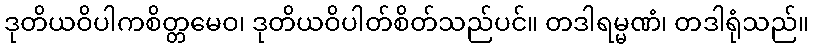
ဒုတိယဝိပါကစိတ္တမေဝ၊ ဒုတိယဝိပါတ်စိတ်သည်ပင်။ တဒါရမ္မဏံ၊ တဒါရုံသည်။